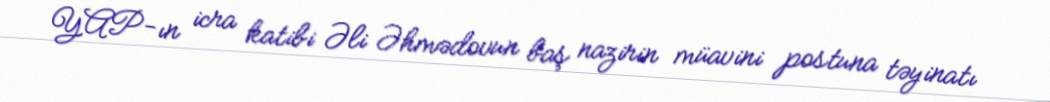
YAP-ın icra katibi Əli Əhmədovun baş nazirin müavini postuna təyinatı